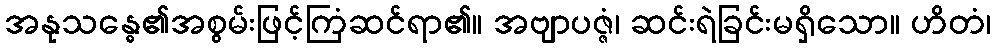
အနုသန္ဓေ၏အစွမ်းဖြင့်ကြံဆင်ရာ၏။ အဗျာပဇ္ဇံ၊ ဆင်းရဲခြင်းမရှိသော။ ဟိတံ၊